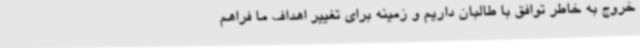
خروج به خاطر توافق با طالبان داریم و زمینه برای تغییر اهداف ما فراهم